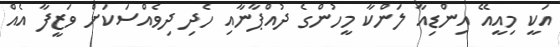
އަކީ މިއީއޭ އިންޑިއާ ލަންކާ މީހުންގެ ދުއްޕާނާއި ހެދި ދިވެއްސަކަށް ވަޒީފާ އެއް